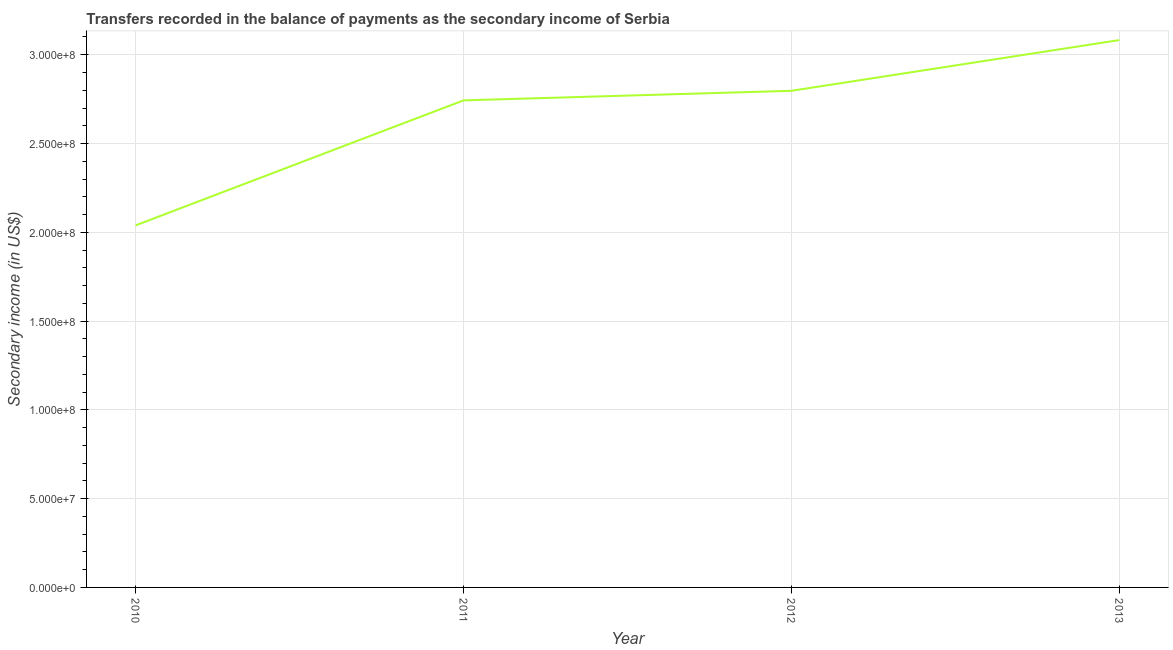
| Year | Secondary income |
 | --- | --- |
 | 2010 | 2.04e+08 |
 | 2011 | 2.74e+08 |
 | 2012 | 2.8e+08 |
 | 2013 | 3.08e+08 |